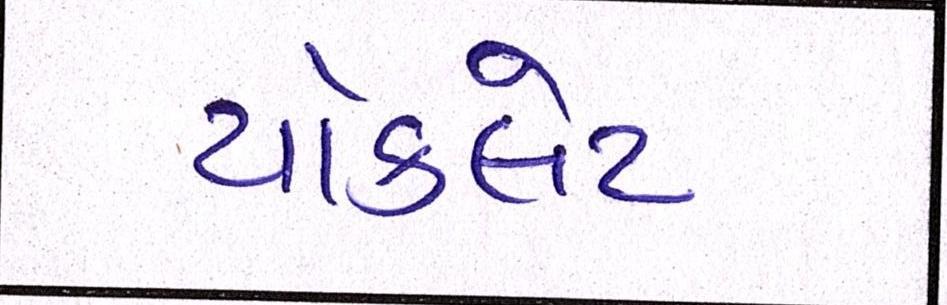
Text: ચૉકલેટ